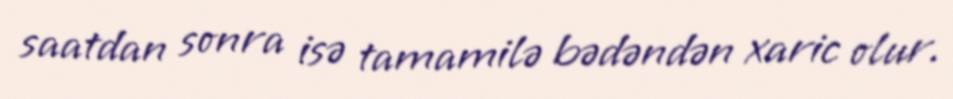
saatdan sonra isə tamamilə bədəndən xaric olur.